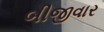
બીજીવાર